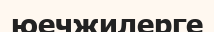
юечжилерге